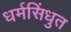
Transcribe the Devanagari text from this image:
धर्मसिंधुत